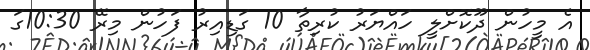
އެ މީހުން ދޫކޮށްލީ ހައްޔަރު ކުރިތާ 10 ގަޑިއިރު ފަހުން މިރޭ 10:30ގަ